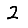
Digit: 2